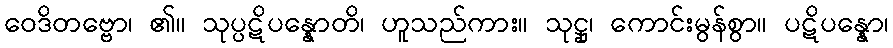
ဝေဒိတဗ္ဗော၊ ၏။ သုပ္ပဋိပန္နောတိ၊ ဟူသည်ကား။ သုဋ္ဌု၊ ကောင်းမွန်စွာ။ ပဋိပန္နော၊